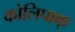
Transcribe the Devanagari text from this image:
कोलिपाक्